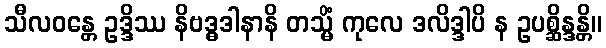
သီလဝန္တေ ဥဒ္ဒိဿ နိဗဒ္ဓဒါနာနိ တသ္မိံ ကုလေ ဒလိဒ္ဒါပိ န ဥပစ္ဆိန္ဒန္တိ။